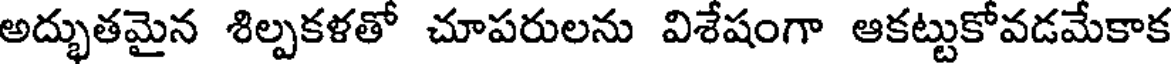
అద్భుతమైన శిల్పకళతో చూపరులను విశేషంగా ఆకట్టుకోవడమేకాక